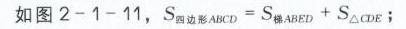
如图2 - 1 - 11，$S_{四边形ABCD}=S_{梯形ABED}+S_{\triangle CDE}$；